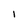
Character: I